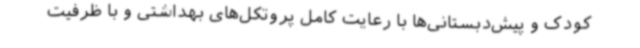
کودک و پیش‌دبستانی‌ها با رعایت کامل پروتکل‌های بهداشتی و با ظرفیت